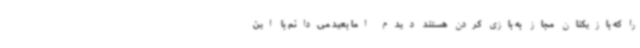
را که بازیکنان مجاز به بازی کردن هستند دیدم اما بعید می‌دانم با این